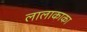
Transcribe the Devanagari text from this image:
लालाकाका